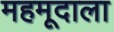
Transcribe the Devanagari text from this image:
महमूदाला